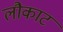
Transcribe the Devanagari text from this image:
लौकाट